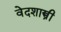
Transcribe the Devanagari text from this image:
वेदशास्त्री